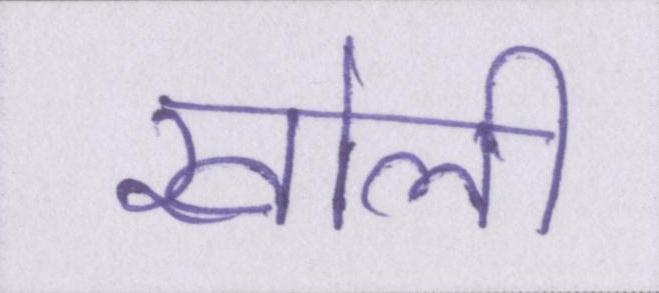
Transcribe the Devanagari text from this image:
खोली